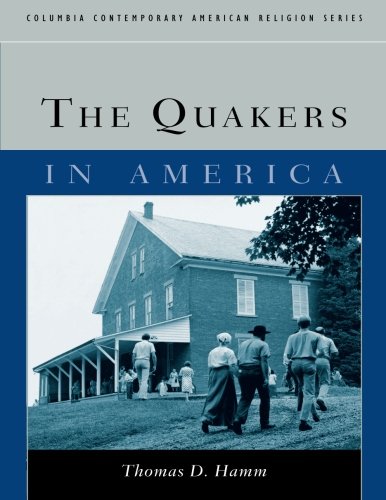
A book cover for The Quakers in America (Columbia Contemporary American Religion Series); Thomas D. Hamm; Christian Books & Bibles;